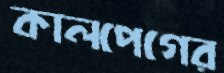
কালপেগের